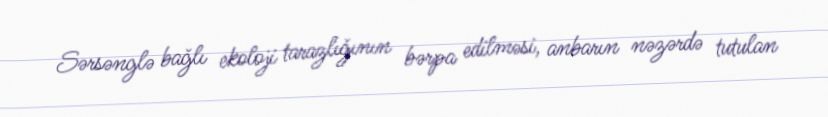
Sərsənglə bağlı ekoloji tarazlığının bərpa edilməsi, anbarın nəzərdə tutulan